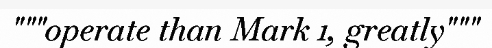
"""operate than Mark 1, greatly"""